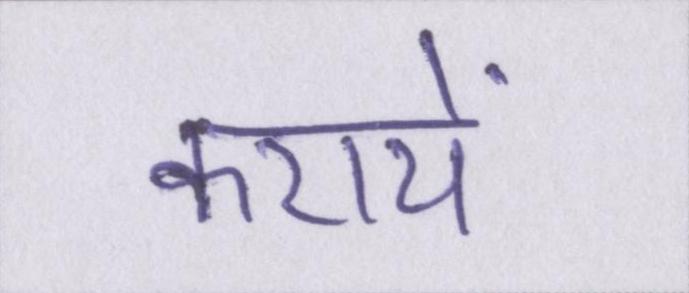
करायें